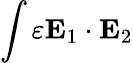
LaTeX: \int\varepsilon\mathbf{E}_{1}\cdot\mathbf{E}_{2}